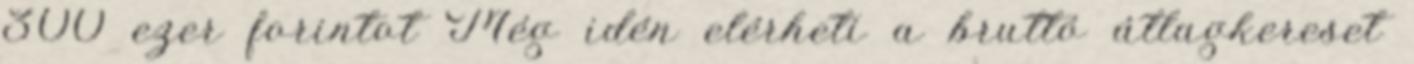
300 ezer forintot Még idén elérheti a bruttó átlagkereset